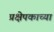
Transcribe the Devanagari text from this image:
प्रक्षेपकाच्या